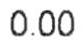
0.00